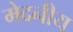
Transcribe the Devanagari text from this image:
मेदनीय